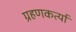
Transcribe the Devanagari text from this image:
ग्रहणकर्त्या